Scottish Certificate of Education, 1963
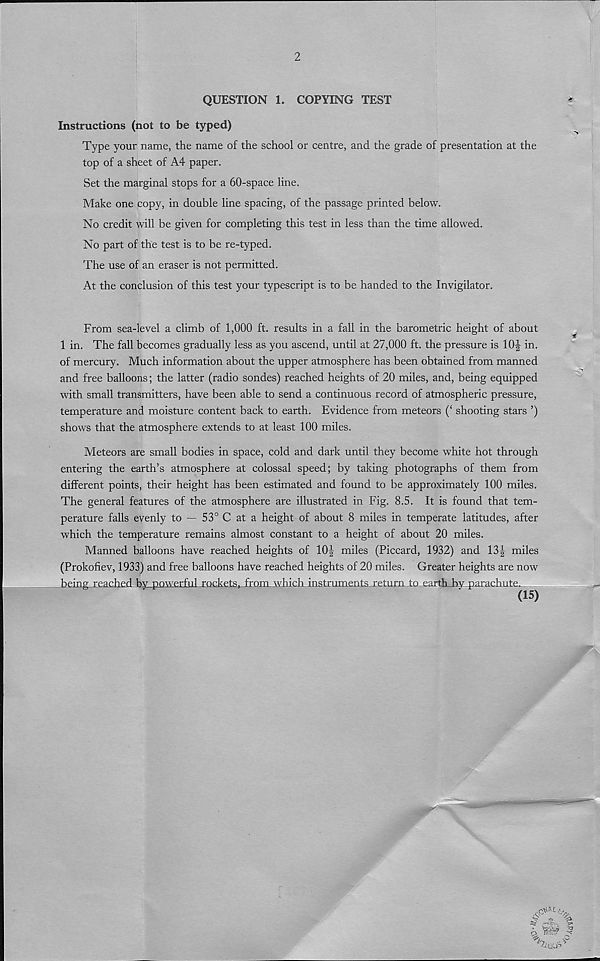
2
QUESTION 1. COPYING TEST
Instructions (not to be typed)
Type your name, the name of the school or centre, and the grade of presentation at the
top of a sheet of A4 paper.
Set the marginal stops for a 60-space line.
Make one copy, in double line spacing, of the passage printed below.
No credit will be given for completing this test in less than the time allowed.
No part of the test is to be re-typed.
The use of an eraser is not permitted.
At the conclusion of this test your typescript is to be handed to the Invigilator.
From sea-level a climb of 1,000 ft. results in a fall in the barometric height of about
1 in. The fall becomes gradually less as you ascend, until at 27,000 ft. the pressure is 10J in.
of mercury. Much information about the upper atmosphere has been obtained from manned
and free balloons; the latter (radio sondes) reached heights of 20 miles, and, being equipped
with small transmitters, have been able to send a continuous record of atmospheric pressure,
temperature and moisture content back to earth. Evidence from meteors (‘ shooting stars ’)
shows that the atmosphere extends to at least 100 miles.
Meteors are small bodies in space, cold and dark until they become white hot through
entering the earth’s atmosphere at colossal speed; by taking photographs of them from
different points, their height has been estimated and found to be approximately 100 miles.
The general features of the atmosphere are illustrated in Fig. 8.5. It is found that tem-
perature falls evenly to — 53° C at a height of about 8 miles in temperate latitudes, after
which the temperature remains almost constant to a height of about 20 miles.
Manned balloons have reached heights of 10J miles (Piccard, 1932) and 13| miles
(Prokofiev, 1933) and free balloons have reached heights of 20 miles. Greater heights are now
being reached by powerful rockets, from which instruments return to earth by parachute.
(15)